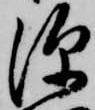
深